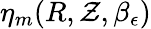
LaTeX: \eta_{m}(R,\mathcal{Z},\beta_{\epsilon})